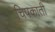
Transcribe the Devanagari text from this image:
चिपकाती